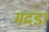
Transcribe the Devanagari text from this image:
मंदंडा